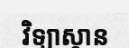
វិទ្យាស្ថាន